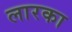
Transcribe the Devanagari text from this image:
लारका